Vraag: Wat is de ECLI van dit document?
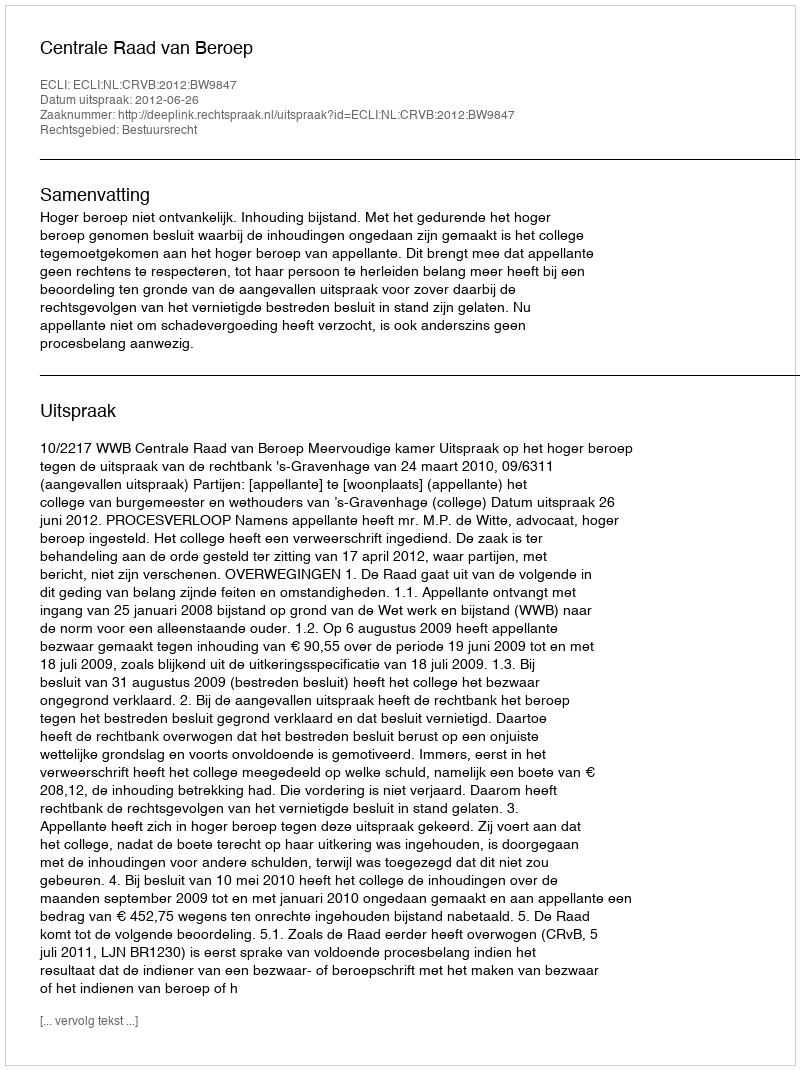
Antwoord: ECLI:NL:CRVB:2012:BW9847